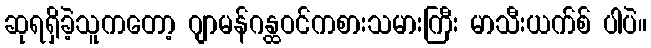
ဆုရရှိခဲ့သူကတော့ ဂျာမန်ဂန္ထဝင်ကစားသမားကြီး မာသီးယက်စ် ပါပဲ။